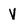
Character: V